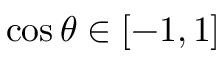
\cos { \theta } \in [ - 1 , 1 ]